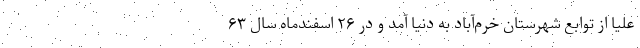
علیا از توابع شهرستان خرم‌آباد به دنیا آمد و در ۲۶ اسفندماه سال ۶۳